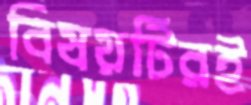
বিষয়টিরই